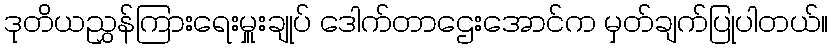
ဒုတိယညွှန်ကြားရေးမှူးချုပ် ဒေါက်တာဌေးအောင်က မှတ်ချက်ပြုပါတယ်။